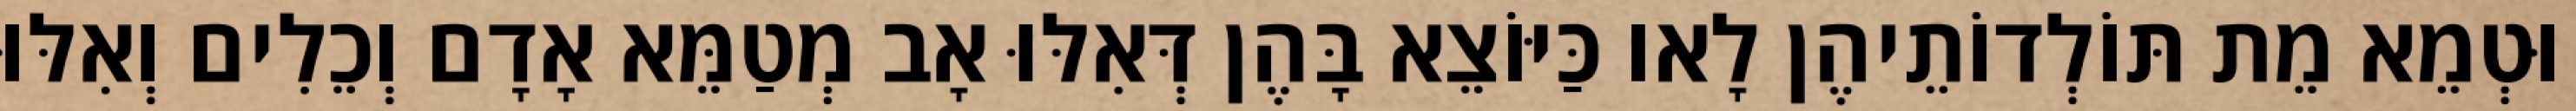
וּטְמֵא מֵת תּוֹלְדוֹתֵיהֶן לָאו כַּיּוֹצֵא בָּהֶן דְּאִלּוּ אָב מְטַמֵּא אָדָם וְכֵלִים וְאִלּוּ